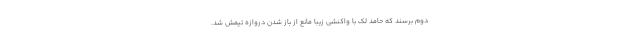
دوم برسند که حامد لک با واکنشی زیبا مانع از باز شدن دروازه تیمش شد.